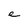
Character: e